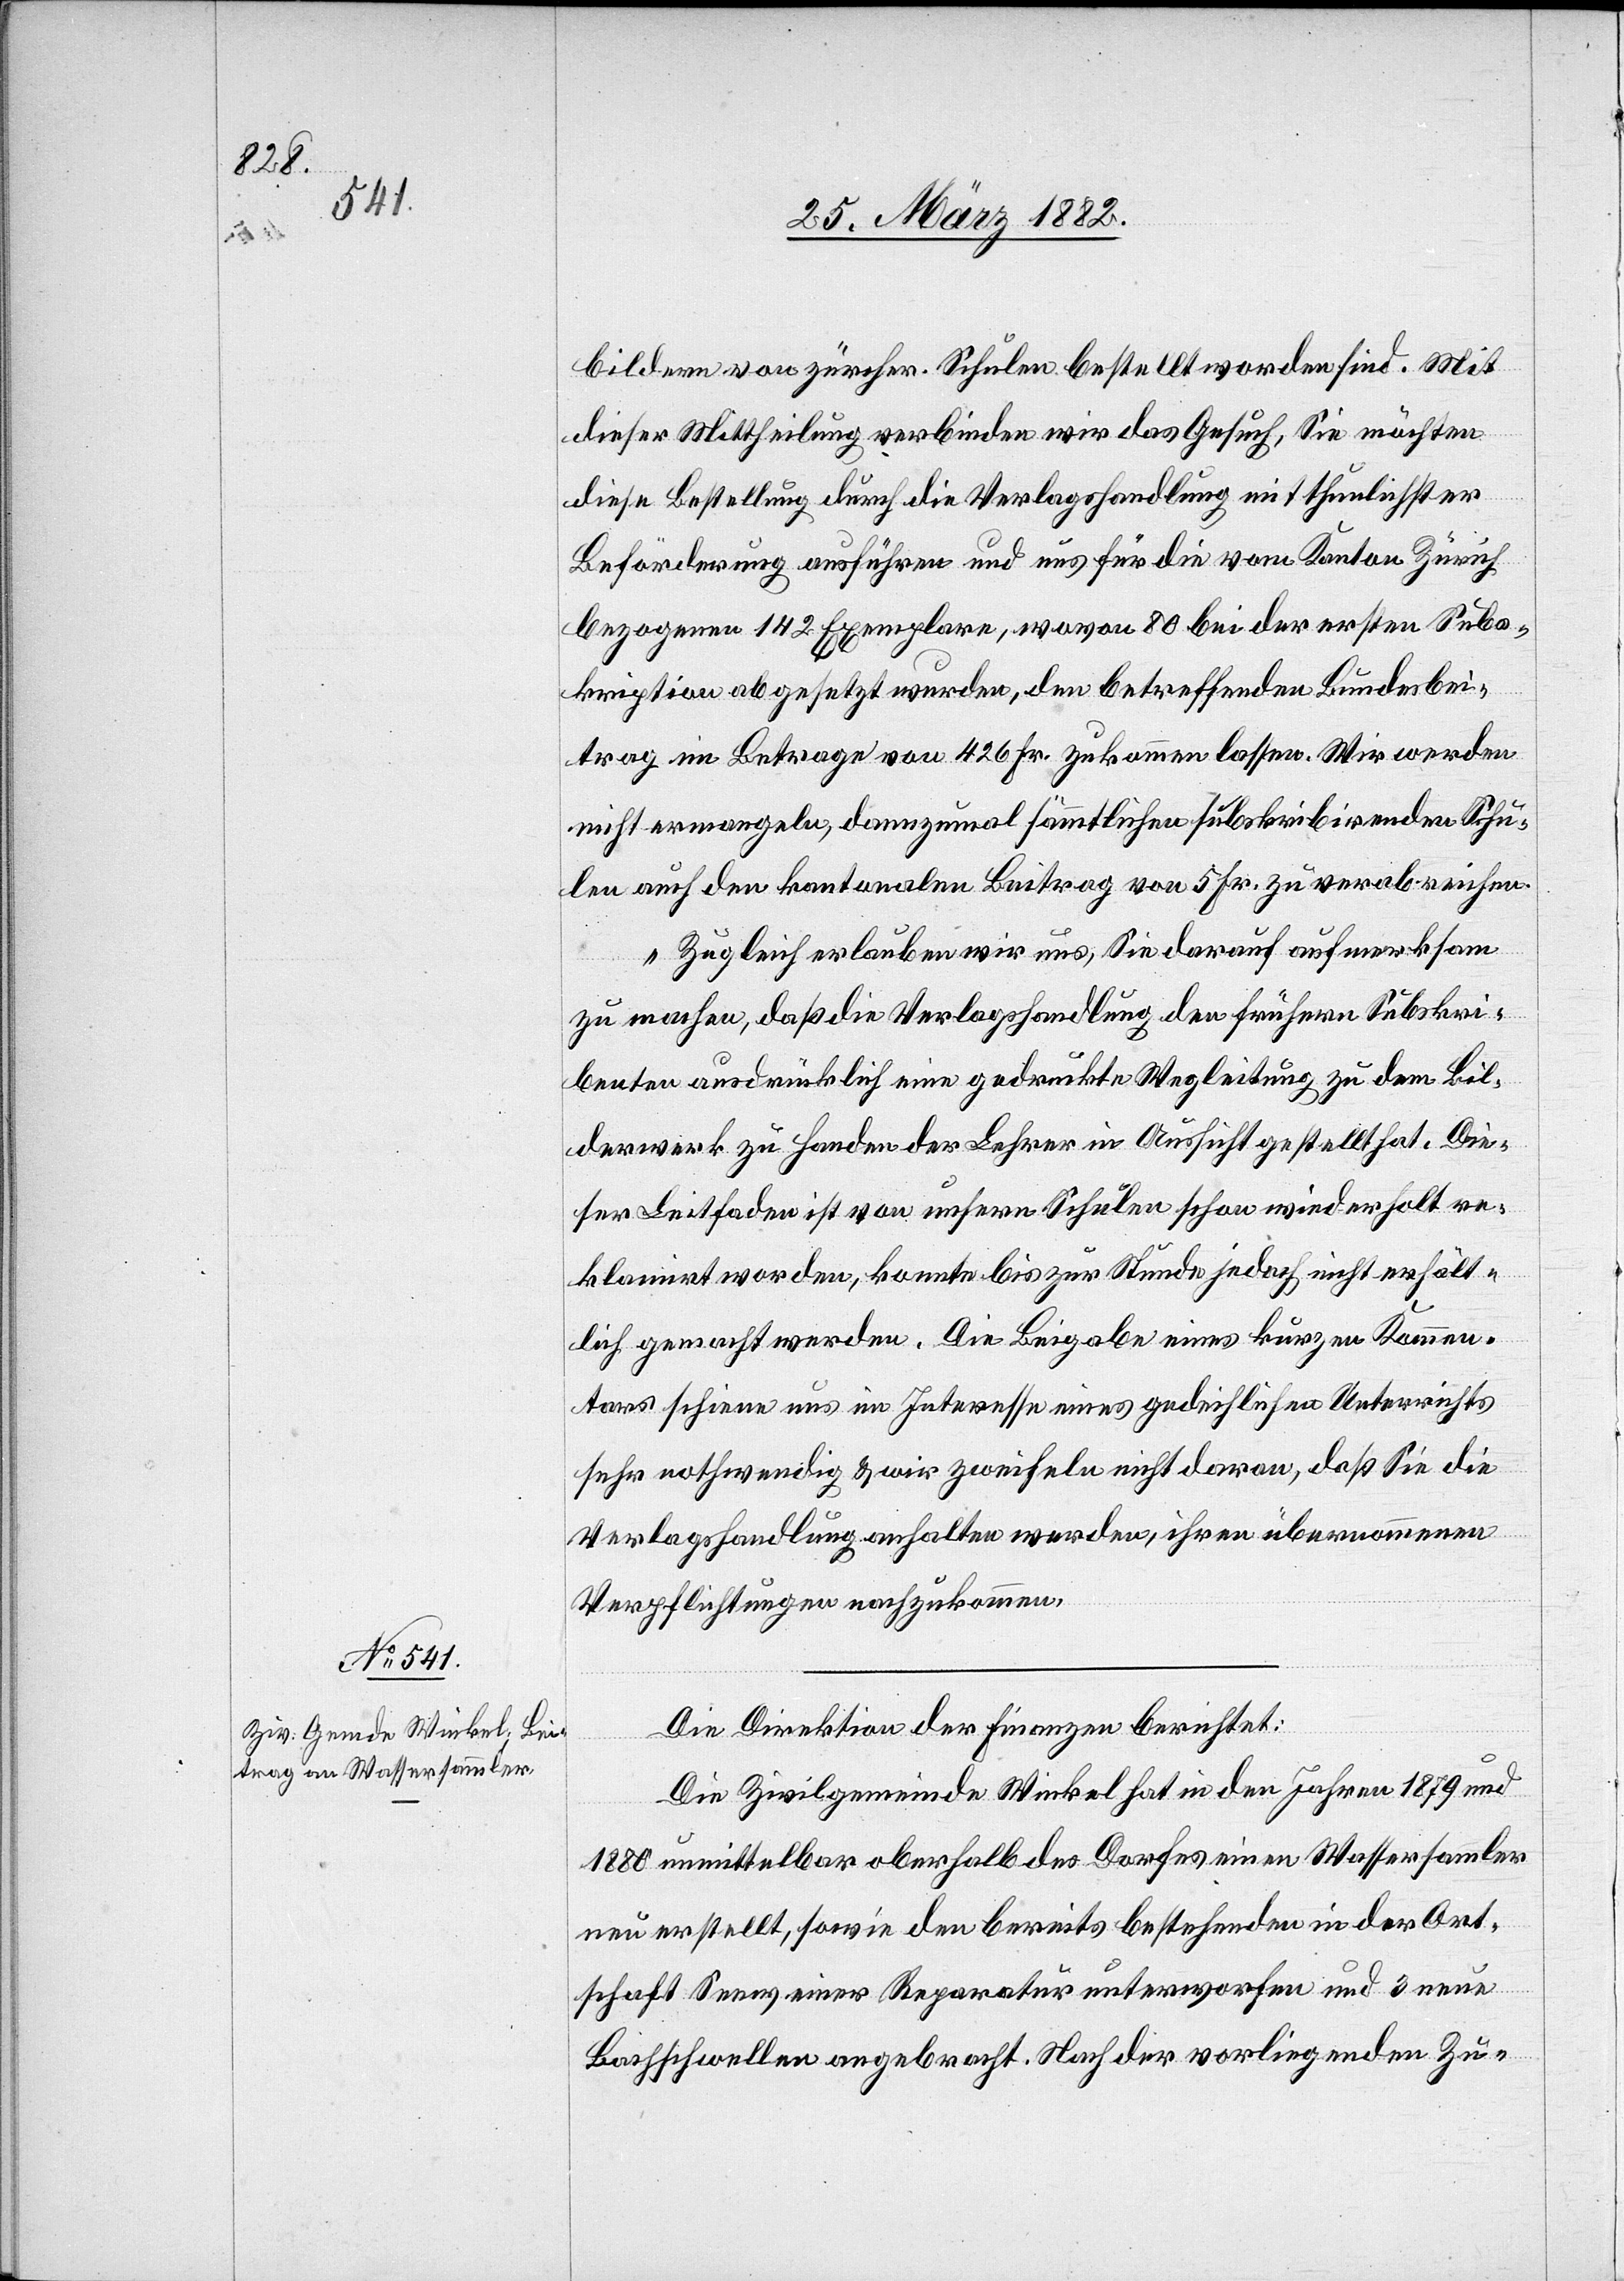
bildern von zürcher. Schulen bestellt worden sind. Mit
dieser Mittheilung verbinden wir das Gesuch, Sie möchten
diese Bestellung durch die Verlagshandlung mit thunlichster
Beförderung ausführen und uns für die vom Kanton Zürich
bezogenen 142 Exemplare, wovon 80 bei der ersten Subs¬
kription abgesetzt wurden, den betreffenden Bundesbei¬
trag im Betrage von 426 Fr. zukommen lassen. Wie werden
nicht ermangeln, dannzumal sämmtliche subskribirenden Schu¬
len auch den kantonalen Beitrag von 5 Fr. zu verabreichen.
Zugleich erlauben wir uns, Sie darauf aufmerksam
zu machen, daß die Verlagshandlung den frühern Subskri¬
benten ausdrücklich eine gedruckte Wegleitung zu dem Bil¬
derwerk zu Handen der Lehrer in Aussicht gestellt hat. Die¬
ser Leitfaden ist von unsern Schulen schon wiederholt re¬
klamirt worden, konnte bis zur Stunde jedoch nicht erhält¬
lich gemacht werden. Die Beigabe eines kurzen Kommen¬
tars schiene uns im Interesse eines gedeihlichen Unterrichts
sehr nothwendig & wir zweifeln nicht daran, daß Sie die
Verlagshandlung anhalten werden, ihren übernommenen
Verpflichtungen nachzukommen.
Die Direktion der Finanzen berichtet:
Die Zivilgemeinde Winkel hat in den Jahren 1879 und
1880 unmittelbar oberhalb des Dorfes einen Wassersammler
neu erstellt, sowie den bereits bestehenden in der Ort¬
schaft Seew einer Reparatur unterworfen und 3 neue
Bachschwellen angebracht. Nach der vorliegenden Zu-